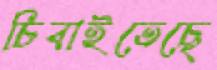
চিবাইতেছে